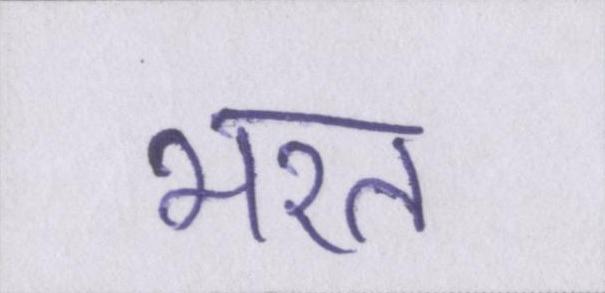
भरत